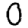
Digit: 0